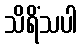
သိရိံသပါ